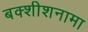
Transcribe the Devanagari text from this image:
बक्शीशनामा